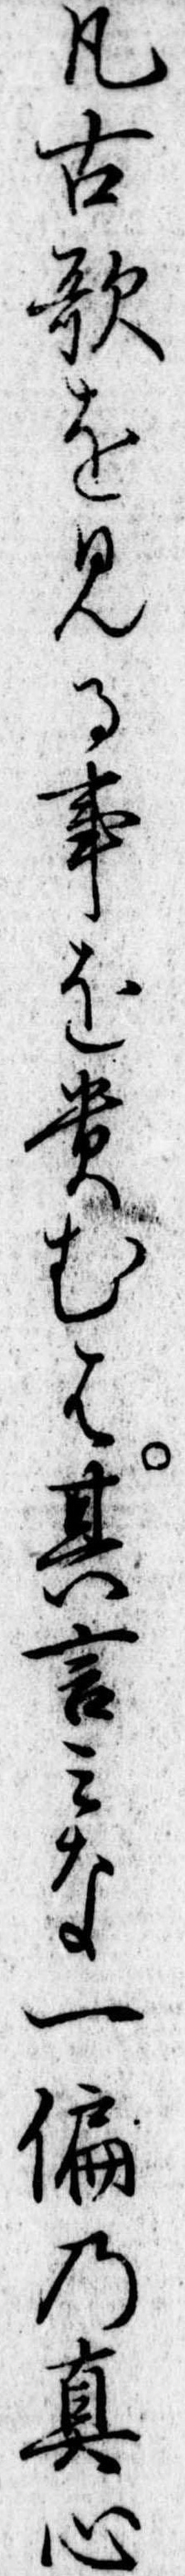
凡古歌を見る事を貴むは其言みな一偏の真心